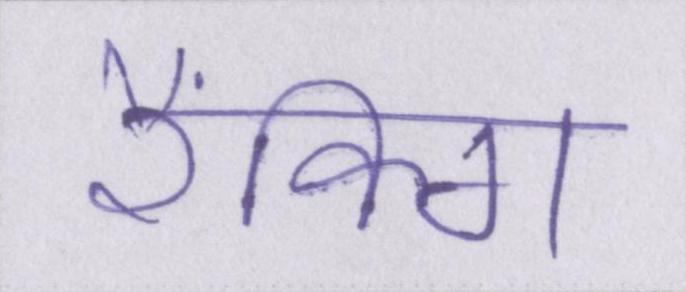
रैंकिग